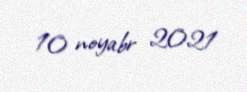
10 noyabr 2021